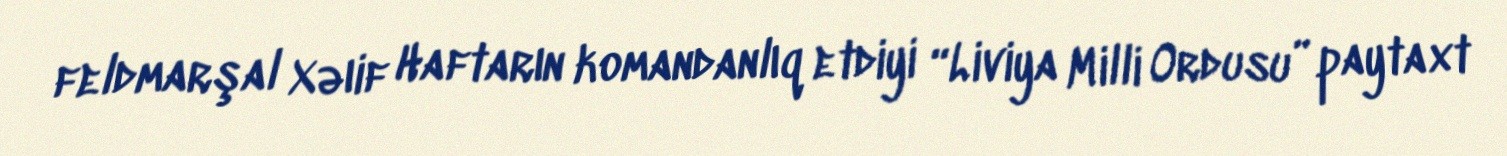
feldmarşal Xəıif Haftarın komandanlıq etdiyi “Liviya Milli Ordusu” paytaxt